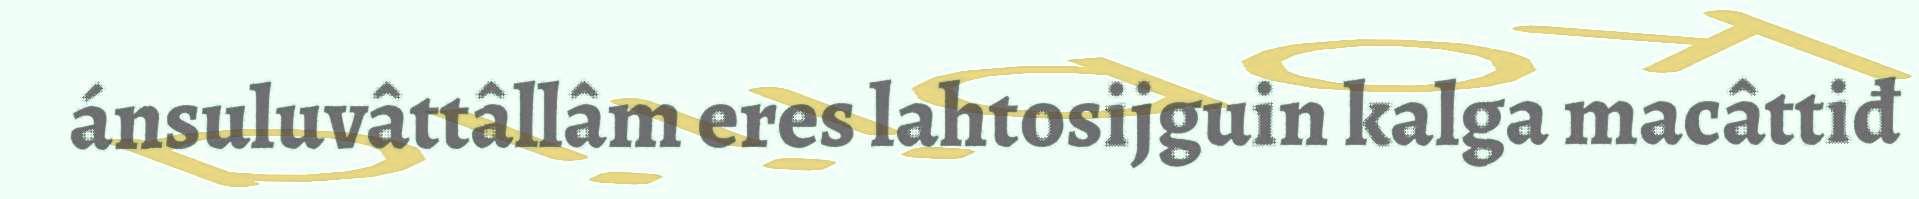
ánsuluvâttâllâm eres lahtosijguin kalga macâttiđ